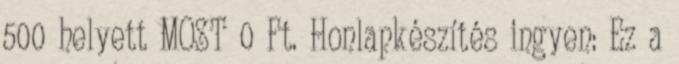
500 helyett MOST 0 Ft. Honlapkészítés ingyen: Ez a